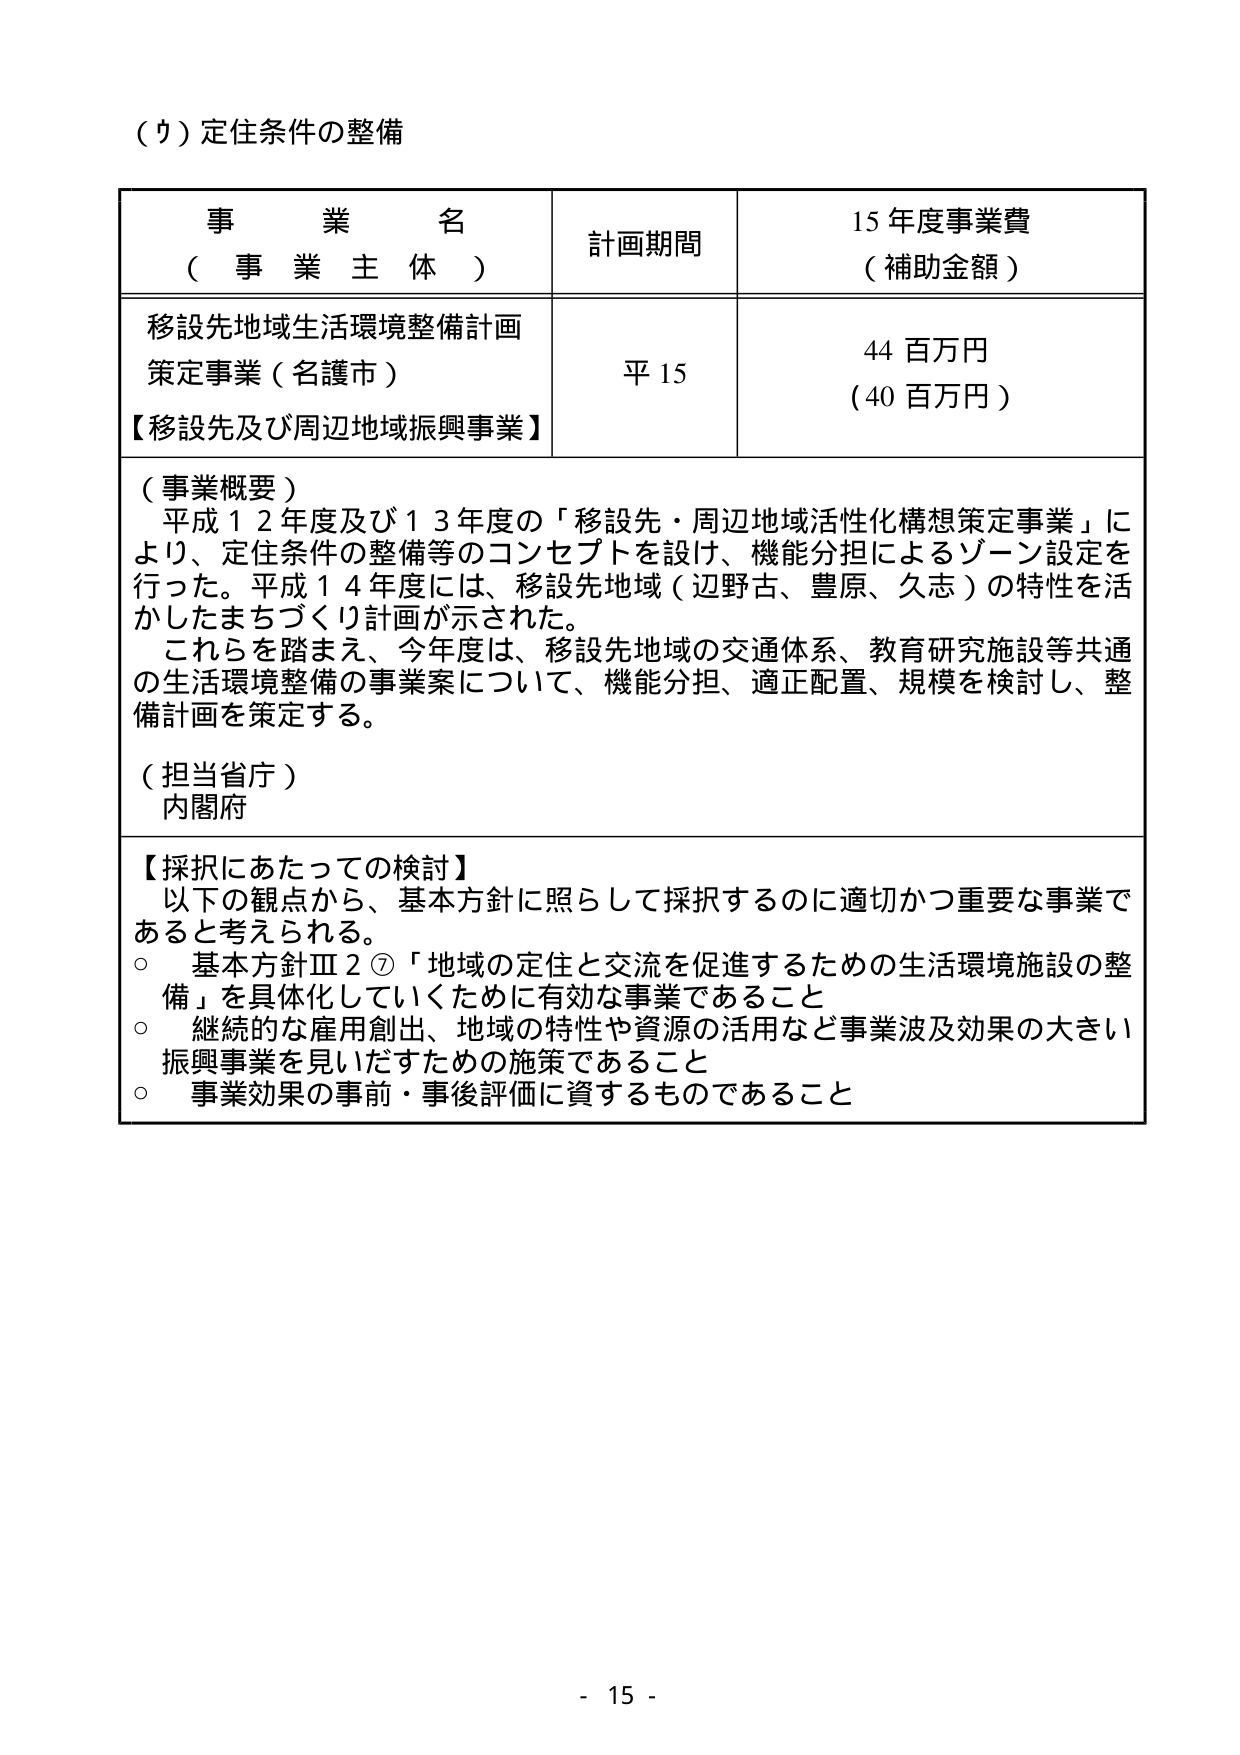
（ウ）定住条件の整備

事 業 名
（ 事 業 主 体 ）

計画期間

15 年度事業費
（補助金額）

移設先地域生活環境整備計画
策定事業（名護市）
【移設先及び周辺地域振興事業】

平 15

44 百万円
（40 百万円）

（事業概要）
平成１２年度及び１３年度の「移設先・周辺地域活性化構想策定事業」に
より、定住条件の整備等のコンセプトを設け、機能分担によるゾーン設定を
行った。平成１４年度には、移設先地域（辺野古、豊原、久志）の特性を活
かしたまちづくり計画が示された。
これらを踏まえ、今年度は、移設先地域の交通体系、教育研究施設等共通
の生活環境整備の事業案について、機能分担、適正配置、規模を検討し、整
備計画を策定する。

（担当省庁）
内閣府

【採択にあたっての検討】
以下の観点から、基本方針に照らして採択するのに適切かつ重要な事業で
あると考えられる。
○ 基本方針Ⅲ２⑦「地域の定住と交流を促進するための生活環境施設の整
備」を具体化していくために有効な事業であること
○ 継続的な雇用創出、地域の特性や資源の活用など事業波及効果の大きい
振興事業を見いだすための施策であること
○ 事業効果の事前・事後評価に資するものであること

- 15 -